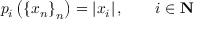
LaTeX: p _ { i } \left( \left\{ x _ { n } \right\} _ { n } \right) = \left| x _ { i } \right| , \qquad i \in \mathbf { N }